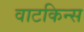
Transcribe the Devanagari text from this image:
वाटकिन्स